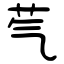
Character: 芞